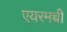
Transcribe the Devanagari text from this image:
एयरमच्ची